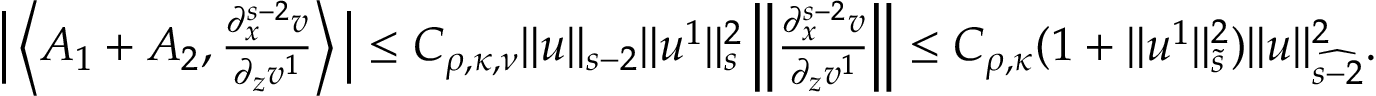
\begin{array} { r } { \Big | \left\langle A _ { 1 } + A _ { 2 } , \frac { \partial _ { x } ^ { s - 2 } v } { \partial _ { z } v ^ { 1 } } \right\rangle \Big | \leq C _ { \rho , \kappa , \nu } \| u \| _ { s - 2 } \| u ^ { 1 } \| _ { s } ^ { 2 } \left\| \frac { \partial _ { x } ^ { s - 2 } v } { \partial _ { z } v ^ { 1 } } \right\| \leq C _ { \rho , \kappa } ( 1 + \| u ^ { 1 } \| _ { \tilde { s } } ^ { 2 } ) \| u \| _ { \widehat { s - 2 } } ^ { 2 } . } \end{array}